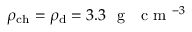
\rho _ { \mathrm { c h } } = \rho _ { \mathrm { d } } = 3 . 3 ~ \mathrm { ~ g ~ ~ ~ c ~ m ~ } ^ { - 3 }